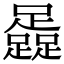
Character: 𨆬